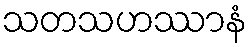
သတသဟဿာနံ